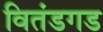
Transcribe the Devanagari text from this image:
वितंडगड